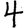
Digit: 4